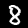
Label: 8